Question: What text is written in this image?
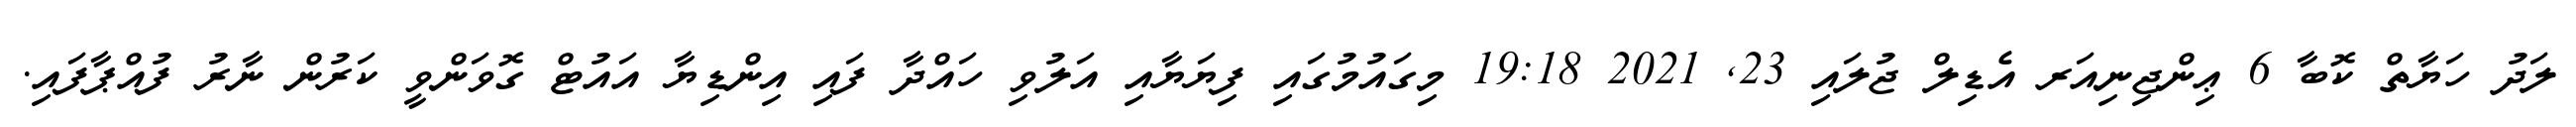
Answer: ލަދު ހަޔާތް ކޮބާ 6 ޢިންޖިނިއަރ އެޑިލް ޖުލައި 23, 2021 19:18 މިގައުމުގައި ފިޔަޔާއި އަލުވި ހައްދާ ފައި އިންޑިޔާ އައުޓް ގޮވަންވީ ކަރުން ނާރު ފުއްޕާފައި.